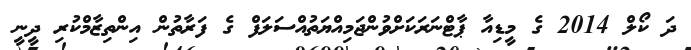
ދަ ކޯލް 2014 ގެ މީޑިއާ ޕާޓްނަރަކަށްވުންޖަމިއްޔަތުއްސަލަފް ގެ ފަރާތުން އިންތިޒާމްކުރި ދީނީ